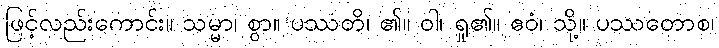
ဖြင့်လည်းကောင်း။ သမ္မာ၊ စွာ။ ပဿတိ၊ ၏။ ဝါ၊ ရှု၏။ ဧဝံ၊ သို့။ ပဿတောစ၊